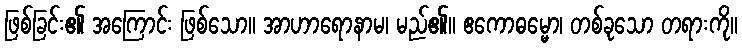
ဖြစ်ခြင်း၏ အကြောင်း ဖြစ်သော။ အာဟာရောနာမ၊ မည်၏။ ဧကောဓမ္မော၊ တစ်ခုသော တရားကို။